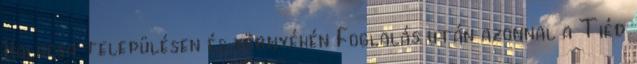
Kalocsa településen és környékén Foglalás után azonnal a Tiéd